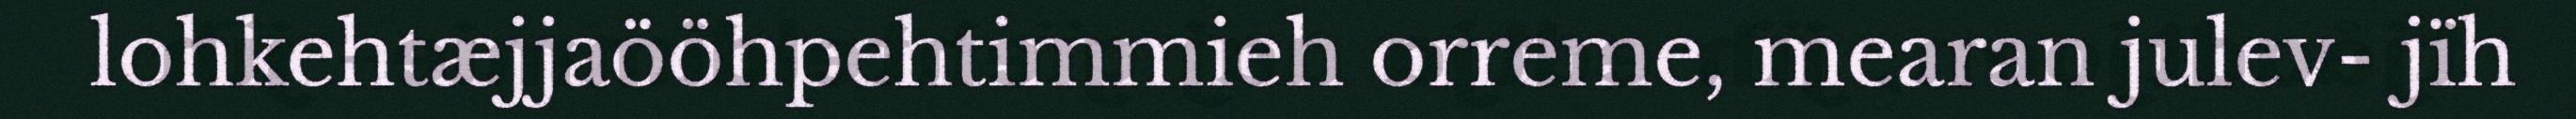
lohkehtæjjaööhpehtimmieh orreme, mearan julev- jïh